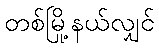
တစ်မြို့နယ်လျှင်